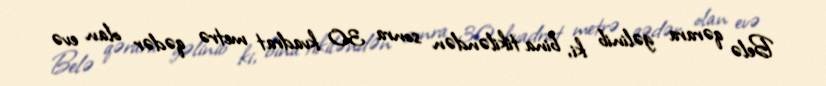
Belə qərara gəlinib ki, bina tikiləndən sonra 30 kvadrat metrə qədər olan evə